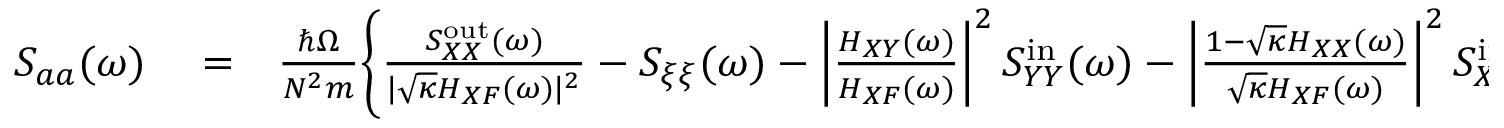
\begin{array} { r l r } { S _ { a a } ( \omega ) } & { { } = } & { \frac { \hbar \Omega } { N ^ { 2 } m } \Bigg \{ \frac { S _ { X X } ^ { \mathrm { o u t } } ( \omega ) } { | \sqrt { \kappa } H _ { X F } ( \omega ) | ^ { 2 } } - S _ { \xi \xi } ( \omega ) - \left| \frac { H _ { X Y } ( \omega ) } { H _ { X F } ( \omega ) } \right| ^ { 2 } S _ { Y Y } ^ { \mathrm { i n } } ( \omega ) - \left| \frac { 1 - \sqrt { \kappa } H _ { X X } ( \omega ) } { \sqrt { \kappa } H _ { X F } ( \omega ) } \right| ^ { 2 } S _ { X X } ^ { \mathrm { i n } } ( \omega ) \Bigg \} } \end{array}